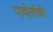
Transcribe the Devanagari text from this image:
पावोलीनी